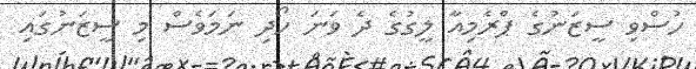
ހުސްވި ސީޒަނުގެ ޕްރެމިއާ ލީގުގެ ދެ ވަނަ ހޯދި ނަމަވެސް މި ސީޒަނުގައި